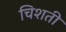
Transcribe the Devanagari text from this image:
चिशती